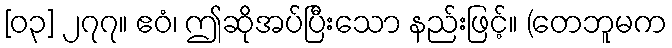
[၀၃] ၂၇၇။ ဧဝံ၊ ဤဆိုအပ်ပြီးသော နည်းဖြင့်။ (တေဘူမက